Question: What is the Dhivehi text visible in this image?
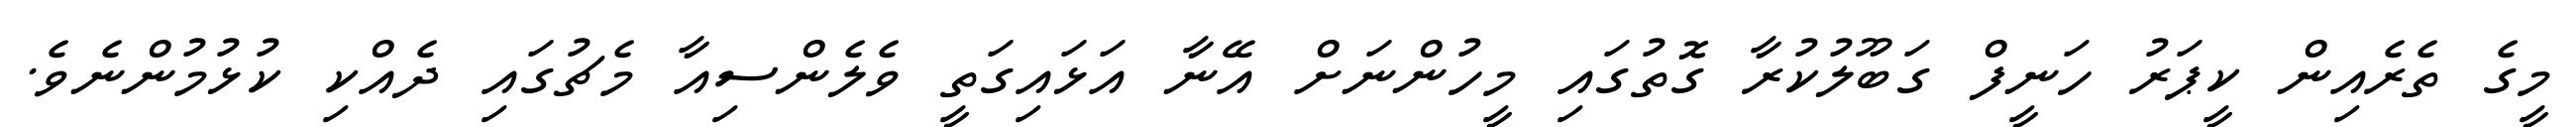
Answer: މީގެ ތެރެއިން ކީޕަރު ހަނީފް ގަބޫލުކުރާ ގޮތުގައި މީހުންނަށް އޭނާ އަޅައިގަތީ ވެލެންސިއާ މެޗުގައި ދެއްކި ކުޅުމުންނެވެ.